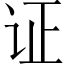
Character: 证